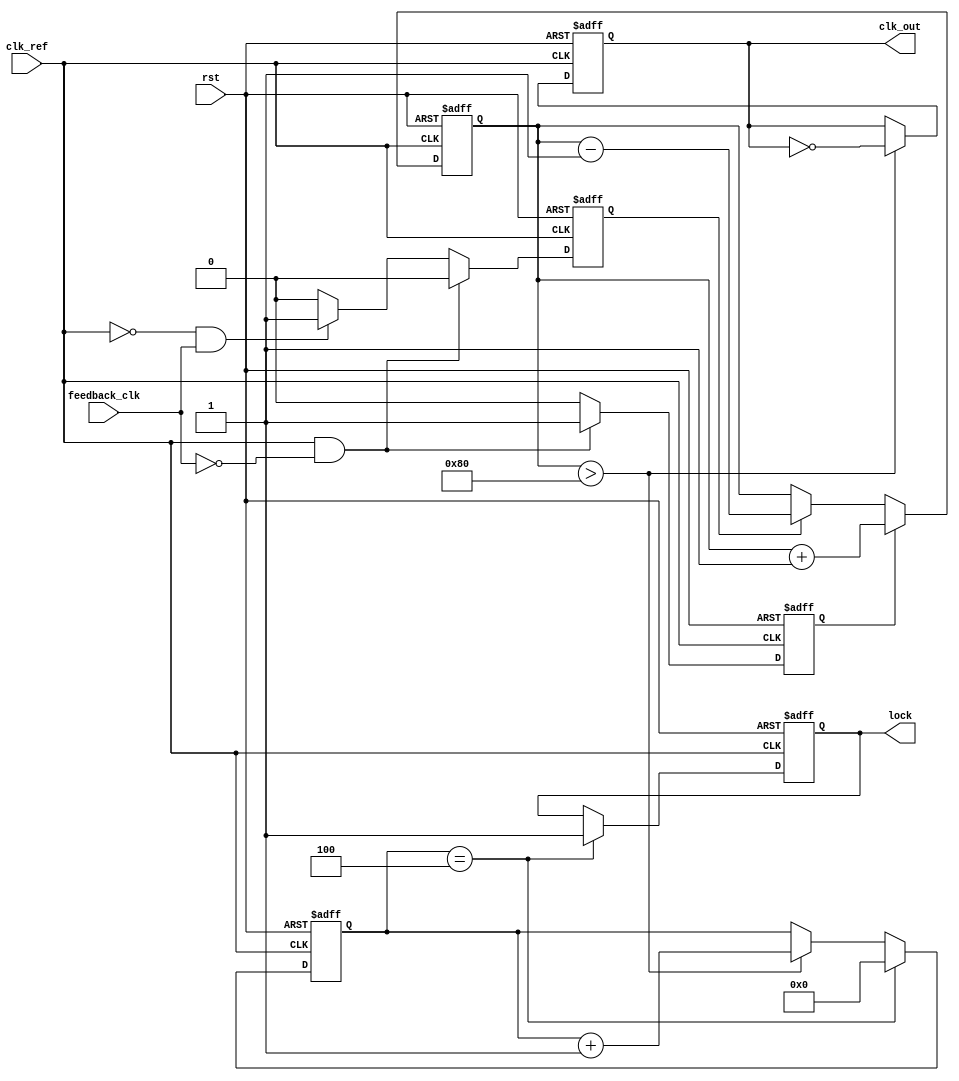
module cp_pll (
    input wire clk_ref,          // Reference clock input
    input wire rst,              // Reset signal
    input wire feedback_clk,     // Feedback clock from VCO
    output reg clk_out,          // Output clock from VCO
    output reg lock              // Lock status
);

// Parameters
parameter I_UP = 1'b1;         // Charge pump UP current
parameter I_DOWN = 1'b1;       // Charge pump DOWN current
parameter DIV_FACTOR = 4;      // Divider factor for feedback

// Phase Detector (PD)
reg pd_up, pd_down;
reg pd_state;

always @(posedge clk_ref or posedge rst) begin
    if (rst) begin
        pd_up <= 1'b0;
        pd_down <= 1'b0;
        pd_state <= 1'b0;
    end else begin
        // Simple phase detector logic
        if (clk_ref && !feedback_clk) begin
            pd_up <= 1'b1;
            pd_down <= 1'b0;
        end else if (!clk_ref && feedback_clk) begin
            pd_up <= 1'b0;
            pd_down <= 1'b1;
        end else begin
            pd_up <= 1'b0;
            pd_down <= 1'b0;
        end
    end
end

// Charge Pump (CP)
reg [7:0] charge_voltage; // Control voltage for VCO

always @(posedge clk_ref or posedge rst) begin
    if (rst) begin
        charge_voltage <= 8'b0;
    end else begin
        if (pd_up) begin
            charge_voltage <= charge_voltage + I_UP; // Charge
        end else if (pd_down) begin
            charge_voltage <= charge_voltage - I_DOWN; // Discharge
        end
    end
end

// Voltage-Controlled Oscillator (VCO)
reg [7:0] vco_count; // VCO frequency control
always @(posedge clk_ref or posedge rst) begin
    if (rst) begin
        vco_count <= 8'b0;
        clk_out <= 1'b0;
        lock <= 1'b0;
    end else begin
        // Simple VCO behavior based on charge_voltage
        if (charge_voltage > 8'd128) begin
            vco_count <= vco_count + 1;
            clk_out <= ~clk_out; // Toggle output clock
        end
        
        // Feedback divider logic
        if (vco_count == DIV_FACTOR) begin
            vco_count <= 8'b0;
            lock <= 1'b1; // Indicate locked status
        end
    end
end

endmodule